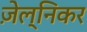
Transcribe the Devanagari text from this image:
ज़ेल्निकर